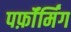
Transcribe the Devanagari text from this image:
पर्फ़ॉर्मिंग